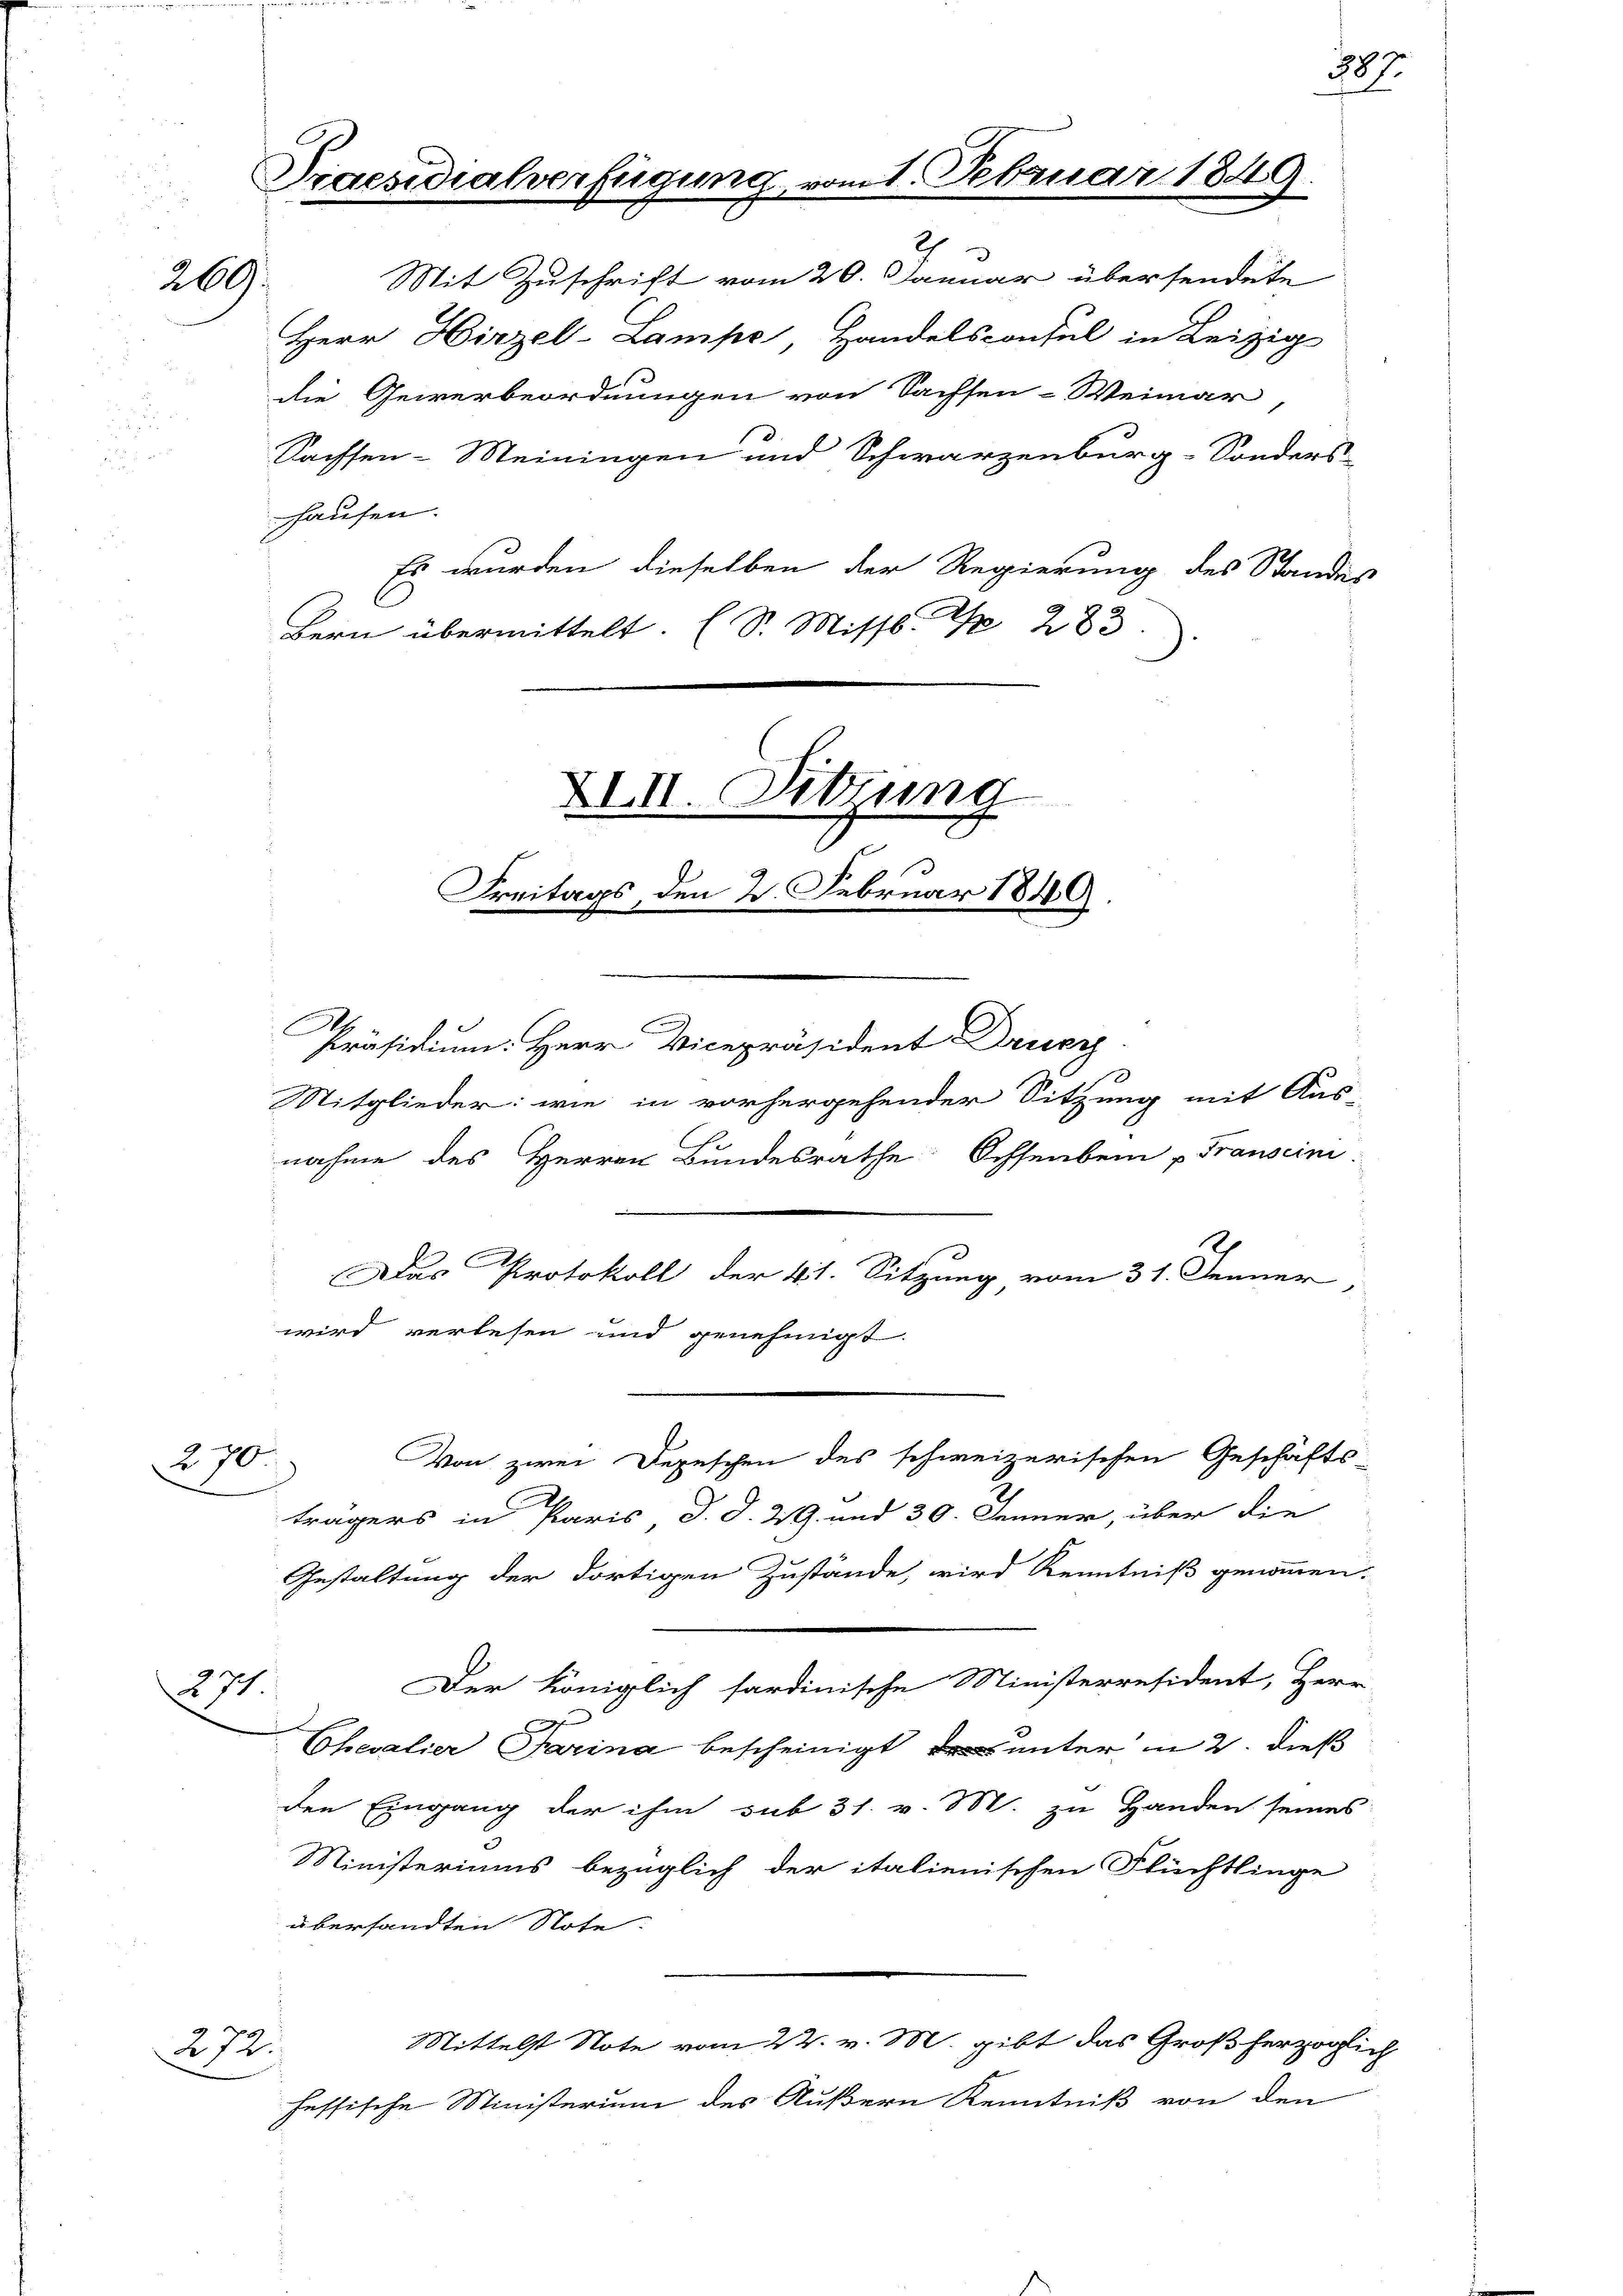
269.

270.

371.

272.

Praesidialverfügung vom 1. Februar 184
2
Mit Zuschrift vom 20. Januar übersendete

Herr Hirzel-Lampe, Handelsconsul in Leizig
die Gewerbeordnungen von Sachsen-Weimar
Sachsen-Meiningen und Schwarzenburg-Sonders-
hausen.
Es wurden dieselben der Regierung des Standes
Bern übermittelt. (S. Missb. S. 283

Freitags, den 2. Februar 1849

Präsidium. Herr Vicepräsident Druc
Mitglieder: wie in vorhergehender Sitzung mit Aus-

XIII. Sitzung

387.

nahme des Herren Bundesrathe Ochsenbein „Franscini
e
Das Protokoll der 41. Sitzung vom 31. Jenner,
wird verlesen und genehmigt.
Von zwei Depeschen des schweizerischen Geschäfts-
trägers in Paris, d. d. 29. und 30. Jenner, über die
Gestaltung der dortigen Zustände, wird Kenntniß genommen.
Der Königlich sardinische Ministerresident, Herr
Chevalier Parina bescheinigt unter in 2. dieß
den Eingang der ihm sub 31. v. M. zu Handen seines
Ministeriums bezüglich der italienischen Flüchtlinge
übersandten Note.
Mittelst Note vom 22. v. M. gibt das Großherzoglich
fessische Ministerium des Äußern Kenntniß von den